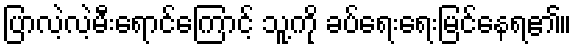
ပြာလဲ့လဲ့မီးရောင်ကြောင့် သူ့ကို ခပ်ရေးရေးမြင်နေရ၏။